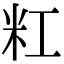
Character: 䉺